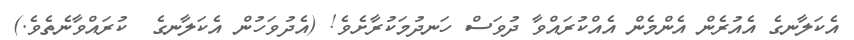
އެކަލާނގެ އެއުރެން އެންމެން އެއްކުރައްވާ ދުވަސް ހަނދުމަކުރާށެވެ! (އެދުވަހުން އެކަލާނގެ  ކުރައްވާނެތެވެ.)